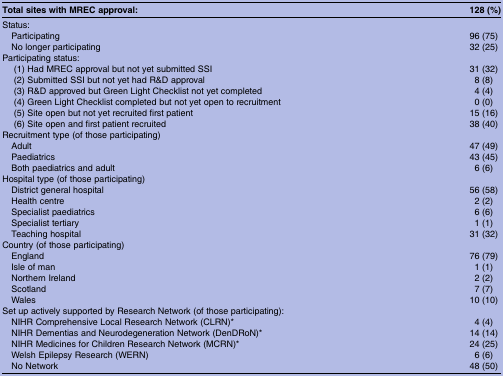
| Total sites with MREC approval: | 128 (%) |
 | --- | --- |
 | <COLSPAN=2> Status: |
 | Participating | 96 (75) |
 | No longer participating | 32 (25) |
 | <COLSPAN=2> Participating status: |
 | (1) Had MREC approval but not yet submitted SSI | 31 (32) |
 | (2) Submitted SSI but not yet had R&D approval | 8 (8) |
 | (3) R&D approved but Green Light Checklist not yet completed | 4 (4) |
 | (4) Green Light Checklist completed but not yet open to recruitment | 0 (0) |
 | (5) Site open but not yet recruited first patient | 15 (16) |
 | (6) Site open and first patient recruited | 38 (40) |
 | <COLSPAN=2> Recruitment type (of those participating) |
 | Adult | 47 (49) |
 | Paediatrics | 43 (45) |
 | Both paediatrics and adult | 6 (6) |
 | <COLSPAN=2> Hospital type (of those participating) |
 | District general hospital | 56 (58) |
 | Health centre | 2 (2) |
 | Specialist paediatrics | 6 (6) |
 | Specialist tertiary | 1 (1) |
 | Teaching hospital | 31 (32) |
 | <COLSPAN=2> Country (of those participating) |
 | England | 76 (79) |
 | Isle of man | 1 (1) |
 | Northern Ireland | 2 (2) |
 | Scotland | 7 (7) |
 | Wales | 10 (10) |
 | <COLSPAN=2> Set up actively supported by Research Network (of those participating): |
 | NIHR Comprehensive Local Research Network (CLRN)* | 4 (4) |
 | NIHR Dementias and Neurodegeneration Network (DenDRoN)* | 14 (14) |
 | NIHR Medicines for Children Research Network (MCRN)* | 24 (25) |
 | Welsh Epilepsy Research (WERN) | 6 (6) |
 | No Network | 48 (50) |